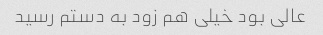
عالی بود خیلی هم زود به دستم رسید